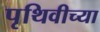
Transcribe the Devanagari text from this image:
पृथिवीच्या